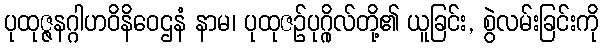
ပုထုဇ္ဇနဂ္ဂါဟဝိနိဝေဌနံ နာမ၊ ပုထုဇဉ်ပုဂ္ဂိုလ်တို့၏ ယူခြင်း, စွဲလမ်းခြင်းကို